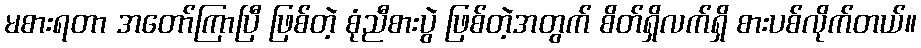
မစားရတာ အတော်ကြာပြီ ဖြစ်တဲ့ စုံညီစားပွဲ ဖြစ်တဲ့အတွက် စိတ်ရှိလက်ရှိ စားပစ်လိုက်တယ်။